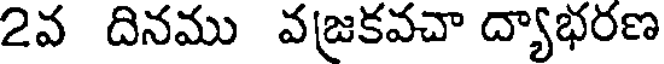
2వ దినము వజకవచా ద్యాభరణ